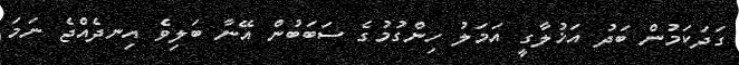
ގަދަކަމުން ބަދު އަޚުލާގީ އަމަލު ހިންގުމުގެ ސަބަބުން އޭނާ ބަލިވެ އިނދެއްޖެ ނަމަ